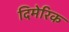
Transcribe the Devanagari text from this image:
दिमेरिक